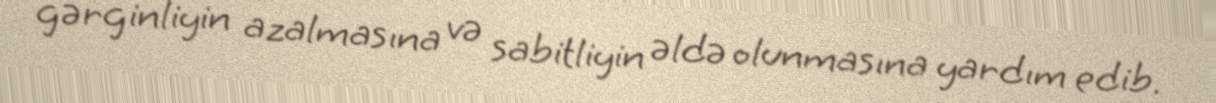
gərginliyin azalmasına və sabitliyin əldə olunmasına yardım edib.